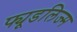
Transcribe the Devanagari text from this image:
फ्यूडलिज्म